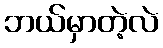
ဘယ်မှာတဲ့လဲ